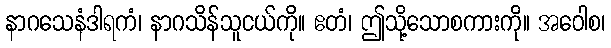
နာဂသေနံဒါရကံ၊ နာဂသိန်သူငယ်ကို။ ဧတံ၊ ဤသို့သောစကားကို။ အဝေါစ၊